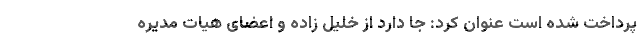
پرداخت شده است عنوان کرد: جا دارد از خلیل زاده و اعضای هیات مدیره